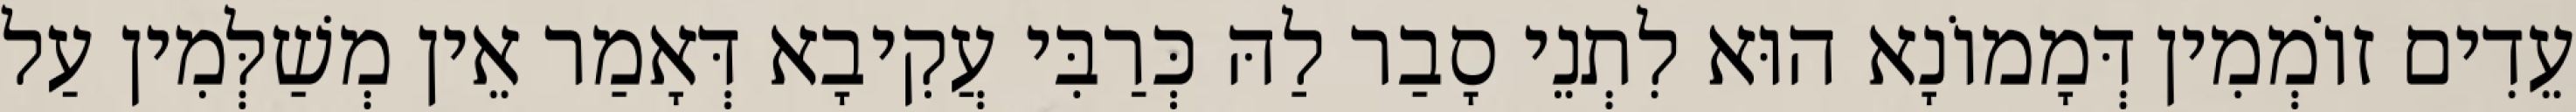
עֵדִים זוֹמְמִין דְּמָמוֹנָא הוּא לִתְנֵי סָבַר לַהּ כְּרַבִּי עֲקִיבָא דְּאָמַר אֵין מְשַׁלְּמִין עַל